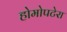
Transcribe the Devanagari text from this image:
होमोपटेरा